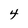
Character: 4